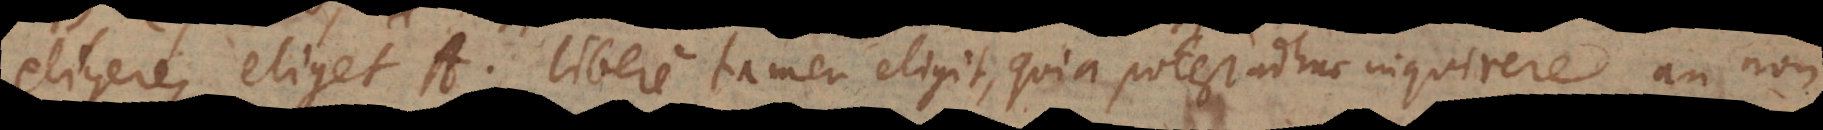
eligere, eliget A. Libere tamen eligit, quia potest adhuc inquirere, an non